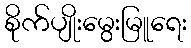
စိုက်ပျိုးမွေးမြူရေး